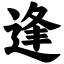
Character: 逢